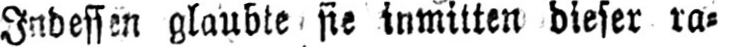
Indessen glaubte sie inmitten dieser ra⸗